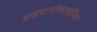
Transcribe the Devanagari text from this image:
डाइथायोकार्बामिक